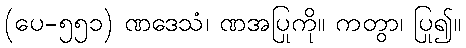
(ပေ-၅၅၁) ဏဒေသံ၊ ဏအပြုကို။ ကတွာ၊ ပြု၍။